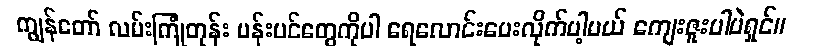
ကျွန်တော် လမ်းကြုံတုန်း ပန်းပင်တွေကိုပါ ရေလောင်းပေးလိုက်ပါ့မယ် ကျေးဇူးပါပဲရှင်။